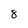
Character: 8